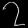
Digit: ၇